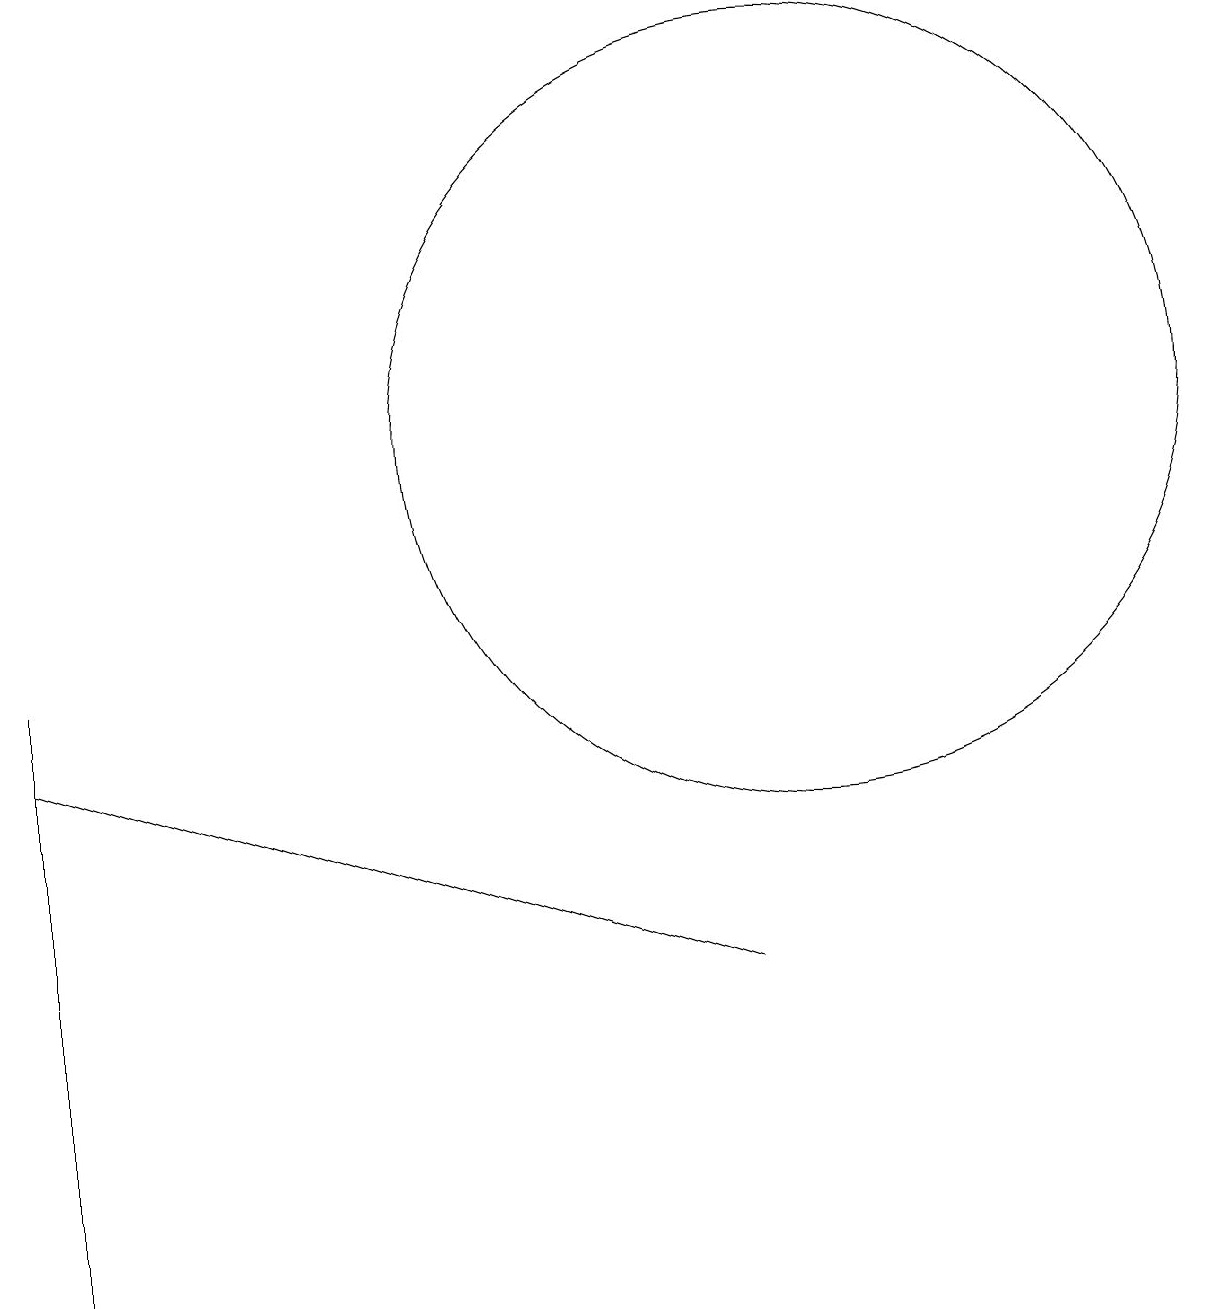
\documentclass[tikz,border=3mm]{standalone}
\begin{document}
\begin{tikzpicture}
\draw (0,8) -- (9,5) -- (3,7) -- cycle;
\draw (10,12) circle (5);
\draw (0,6) -- (0,9) -- (0,1) -- cycle;
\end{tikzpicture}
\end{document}